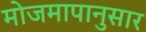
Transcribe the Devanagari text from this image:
मोजमापानुसार